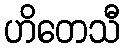
ဟိတေသီ